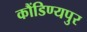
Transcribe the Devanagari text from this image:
कौंडिण्यपुर